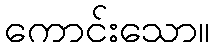
ကောင်းသော။